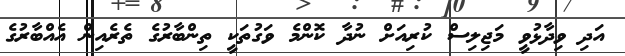
އަދި ވިދާޅުވީ މަޖިލިސް ކުރިއަށް ނުދާ ކޮންމެ ވަގުތަކީ ތިންބާރުގެ ތެރެއިން އެއްބާރުގެ